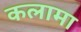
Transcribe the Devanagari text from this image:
कलामा